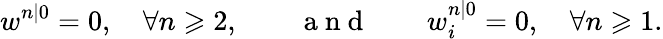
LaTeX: w^{n|0}=0,\quad\forall n\geqslant 2,\qquad\mathrm{~a~n~d~}\qquad w_{i}^{n|0}=0,\quad\forall n\geqslant 1.